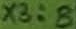
Text: X3:8